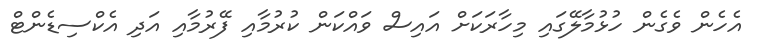
އެހެން ވެގެން ހުޅުމާލޭގައި މިހާރަކަށް އައިސް ވައްކަން ކުރުމާއި ފޭރުމާއި އަދި އެކްސިޑެންޓް